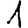
Digit: 1